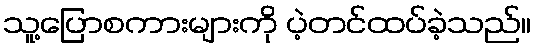
သူ့ပြောစကားများကို ပဲ့တင်ထပ်ခဲ့သည်။